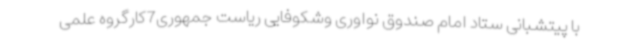
با پیتشبانی ستاد امام صندوق نواوری وشکوفایی ریاست جمهوری7کارگروه علمی